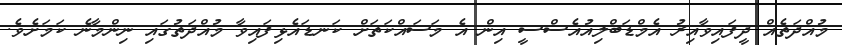
މުއްދަތެއް ދީފައިވާއިރު އެމްޑަބްލިއުއެސްސީ އިން އެ މަސައްކަތަށް ކަނޑައެޅިފައިވާ މުއްދަތުގައި ނިންމާނެ ކަމަށެވެ.